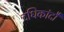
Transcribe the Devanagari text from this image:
दधिकांदौ